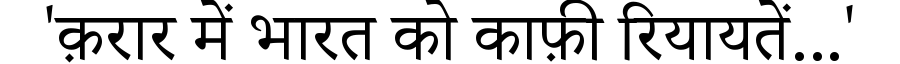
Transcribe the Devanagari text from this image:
'क़रार में भारत को काफ़ी रियायतें...'